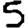
Digit: 5